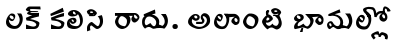
లక్ కలిసి రాదు. అలాంటి భామల్లో